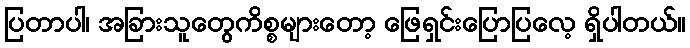
ပြတာပါ၊ အခြားသူတွေကိစ္စများတော့ ဖြေရှင်းပြောပြလေ့ ရှိပါတယ်။